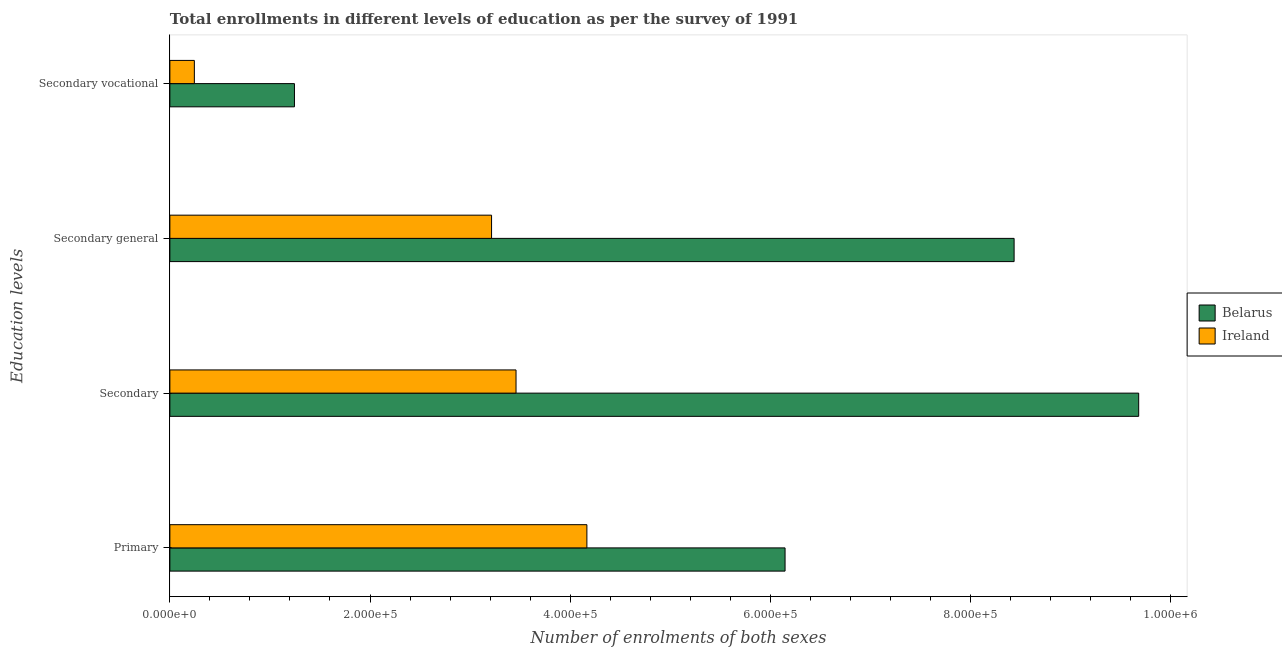
| Education levels | Belarus | Ireland |
 | --- | --- | --- |
 | Primary | 6.15e+05 | 4.17e+05 |
 | Secondary | 9.68e+05 | 3.46e+05 |
 | Secondary general | 8.44e+05 | 3.21e+05 |
 | Secondary vocational | 1.24e+05 | 2.45e+04 |